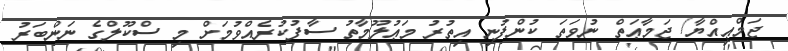
ޖަމްޢިއްޔާ/ ޖަމާޢަތް ނުވަތަ ކުންފުނި އިތުރު މަޢުލޫމާތު ސާފުކުރެއްވުމަށް މި ސްކޫލްގެ ނަންބަރު